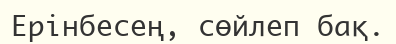
Ерінбесең, сөйлеп бақ.